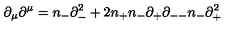
{ \partial } _ { \mu } { \partial } ^ { \mu } = n _ { - } { \partial } _ { - } ^ { 2 } + 2 n _ { + } n _ { - } { \partial } _ { + } { \partial } _ { -- } n _ { - } { \partial } _ { + } ^ { 2 }